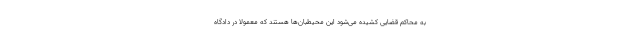
به محاکم قضایی کشیده می‌شود این محیطبان‌ها هستند که معمولا در دادگاه